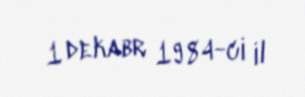
1 dekabr 1984-ci il